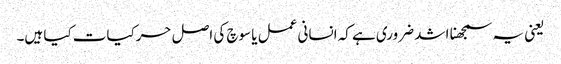
یعنی یہ سمجھنا اشد ضروری ہے کہ انسانی عمل یا سوچ کی اصل حرکیات کیا ہیں۔